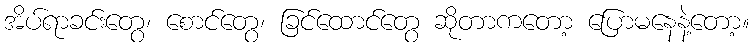
အိပ်ရာခင်းတွေ၊ စောင်တွေ၊ ခြင်ထောင်တွေ ဆိုတာကတော့ ပြောမနေနဲ့တော့။